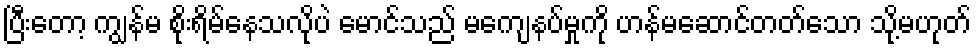
ပြီးတော့ ကျွန်မ စိုးရိမ်နေသလိုပဲ မောင်သည် မကျေနပ်မှုကို ဟန်မဆောင်တတ်သော သို့မဟုတ်